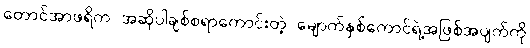
တောင်အာဖရိက အဆိုပါချစ်စရာကောင်းတဲ့ မျောက်နှစ်ကောင်ရဲ့အဖြစ်အပျက်ကို